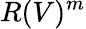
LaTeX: R(V)^{m}